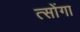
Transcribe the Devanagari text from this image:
त्सोंगा